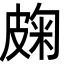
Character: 龾